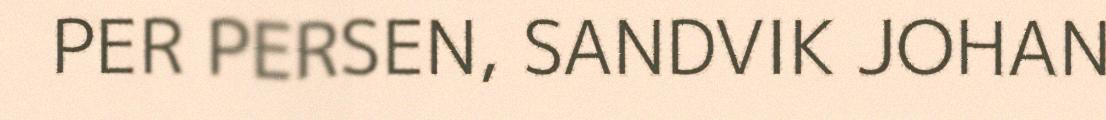
PER PERSEN, SANDVIK JOHAN